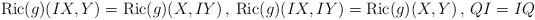
LaTeX: \begin{align*}{\rm Ric}(g)(IX,Y)={\rm Ric}(g)(X,IY)\,,\,{\rm Ric}(g)(IX,IY)={\rm Ric}(g)(X,Y)\,,\,QI=IQ\end{align*}